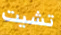
تشيت